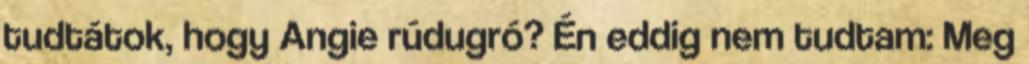
tudtátok, hogy Angie rúdugró? Én eddig nem tudtam: Meg